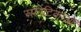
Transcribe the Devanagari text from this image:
स्फीटिकाओं